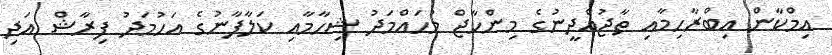
އިމްކާން އިބްރާހިމާއި ތާޖުއްދީނުގެ މިންހާޖް މުހައްމަދު ޝިހާމާއި ކަލާފާނުގެ އަހުމަދު ފިރާޝް އަދި